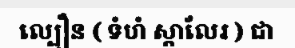
ល្បឿន ( ទំហំ ស្កាលែរ ) ជា